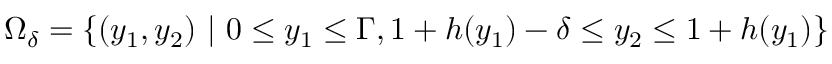
\Omega _ { \delta } = \lbrace ( y _ { 1 } , y _ { 2 } ) \ \vert \ 0 \leq y _ { 1 } \leq \Gamma , 1 + h ( y _ { 1 } ) - \delta \leq y _ { 2 } \leq 1 + h ( y _ { 1 } ) \rbrace